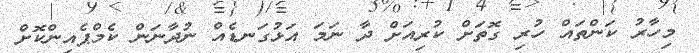
މިހާރު ކަންތައް ހުރި ގޮތަށް ކުރިއަށް ދާ ނަމަ އަޅުގަނޑެއް ނުދާނަން ކެމްޕެއިންކޮށް